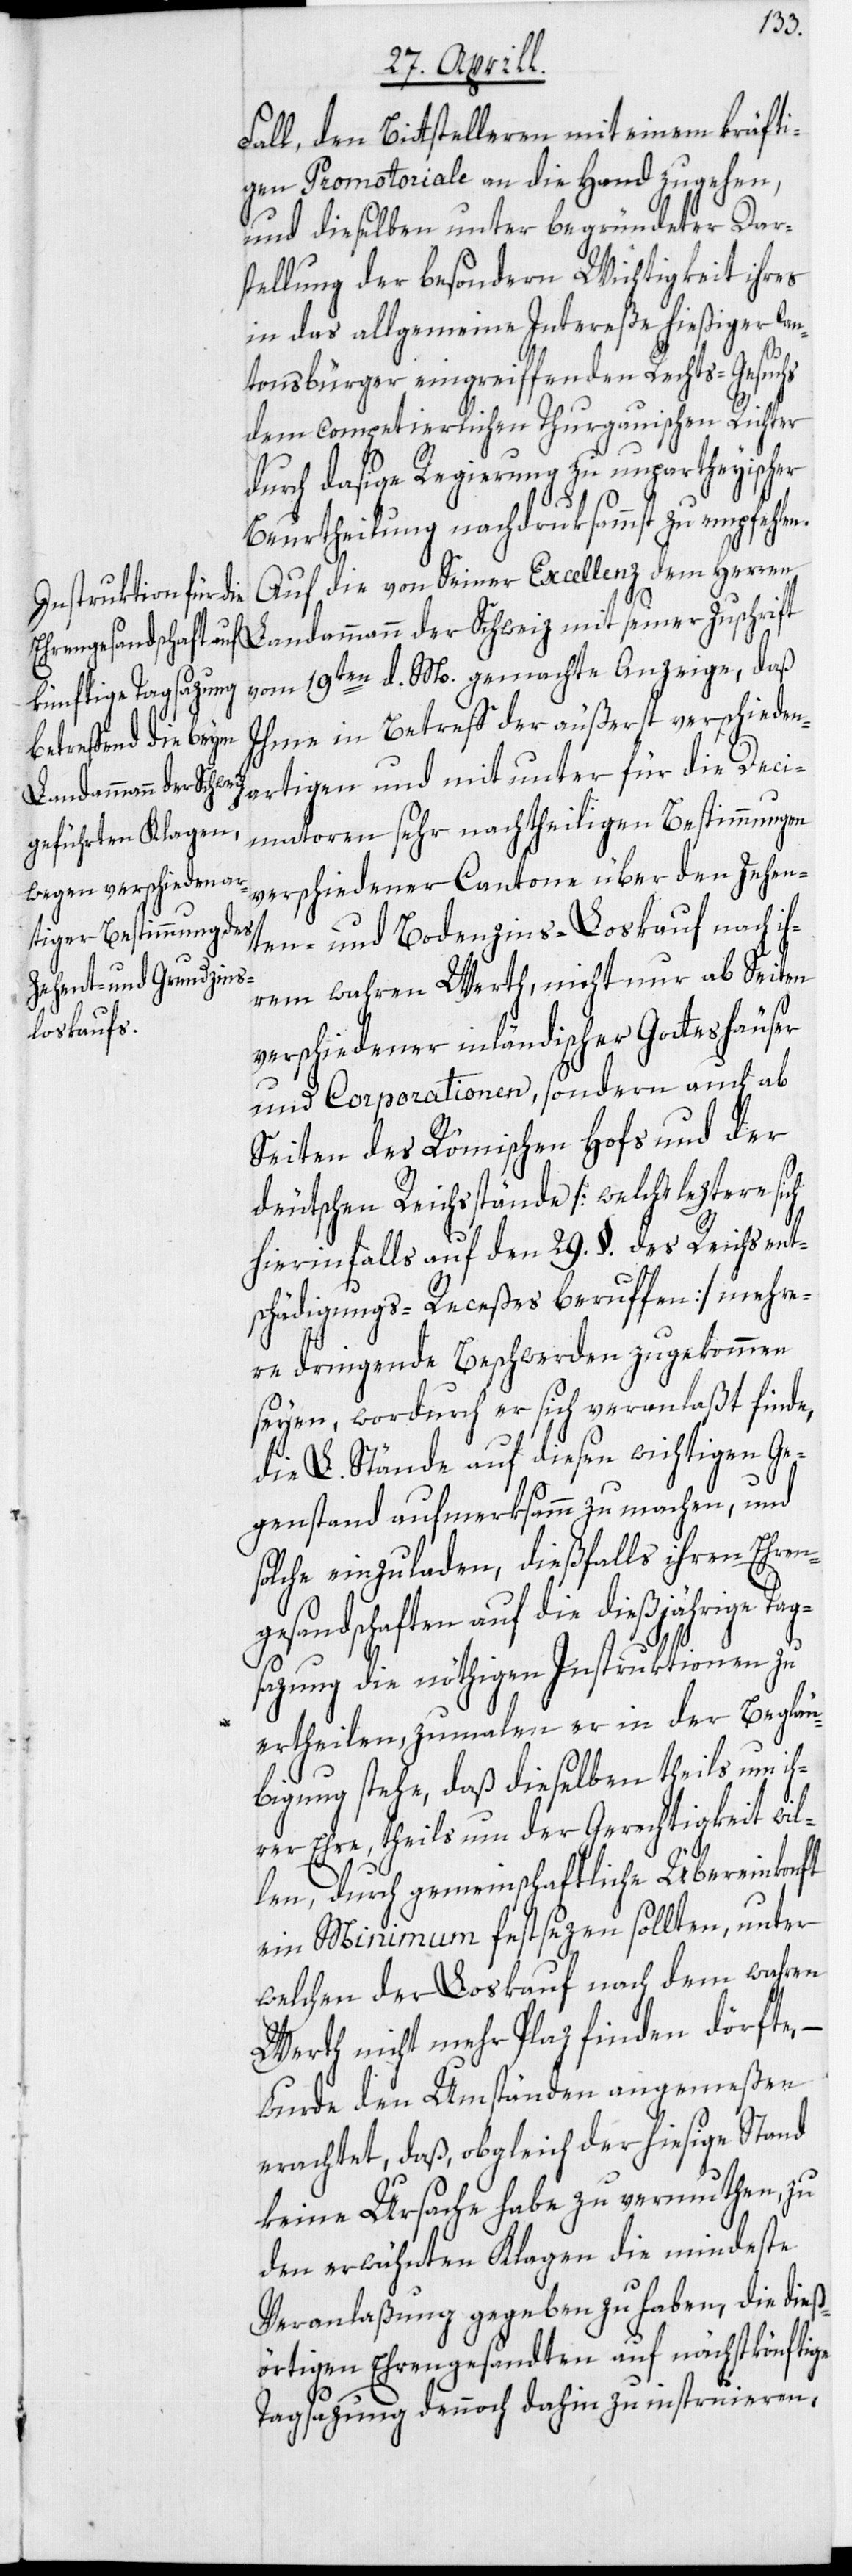
Fall, den Bittstelleren mit einem kräfti¬
gen Promotoriale an die Hand zu gehen,
und dieselben unter begründeter Dars¬
tellung der besondern Wichtigkeit ihres
in das allgemeine Intereße hießiger Can¬
tonsbürger eingreiffenden Rechts-Gesuchs
dem competierlichen Thurgauischen Richter
durch dasige Regierung zu unpartheyischer
Beurtheilung nachdruksammst zu empfehlen.
Auf die von Seiner Excellenz dem Herren
Landammann der Schweiz mit seiner Zuschrift
vom 19ten d. M. gemachte Anzeige, daß
Ihme in Betreff der äußerst verschieden¬
artigen und mitunter für die Deci¬
matoren sehr nachtheiligen Bestimmungen
verschiedener Cantone über den Zehen¬
ten- und Bodenzins-Loskauf nach ih¬
rem wahren Werth, nicht nur ab Seiten
verschiedener inländischer Gotteshäuser
und Corporationen, sondern auch ab
Seiten des Römischen Hofs und der
deutschen Reichsstände [welche leztere sich
hierinfalls auf den 29. §. des Reichsent¬
schädigungs-Receßes beruffen] mehre¬
re dringende Beschwerden zugekommen
seyen, wordurch er sich veranlaßt finde,
die L. Stände auf diesen wichtigen Ge¬
genstand aufmerksamm zu machen, und
solche einzuladen, dießfalls ihren Ehren¬
gesandschaften auf die dießjährige Ta¬
gsazung die nöthigen Instruktionen zu
ertheilen, zumalen er in der Beglau¬
bigung stehe, daß dieselben theils um ih¬
rer Ehre, theils um der Gerechtigkeit wil¬
len, durch gemeinschaftliche Übereinkonft
ein Minimum festsezen sollten, unter
welchen der Loskauf nach dem wahren
Werth nicht mehr Plaz finden dörfte,
wurde den Umständen angemeßen
erachtet, daß, obgleich der hiesige Stand
keine Ursache habe zu vermuthen, zu
den erwähnten Klagen die mindeste
Veranlaßung gegeben zu haben, die dieß¬
örtigen Ehrengesandten auf nächstkönftige
Tagsazung dennoch dahin zu instruieren,